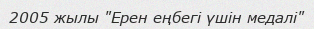
2005 жылы "Ерен еңбегі үшін медалі"